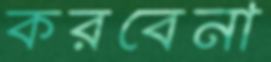
করবেনা